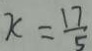
x = \frac { 1 7 } { 5 }